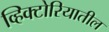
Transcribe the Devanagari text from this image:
व्हिक्टोरियातील